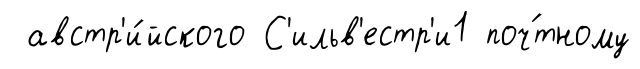
австр'и́йского С'ильв'естр'и1 поч́тному